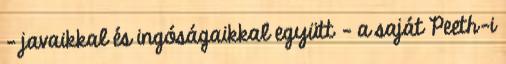
– javaikkal és ingóságaikkal együtt – a saját Peeth-i